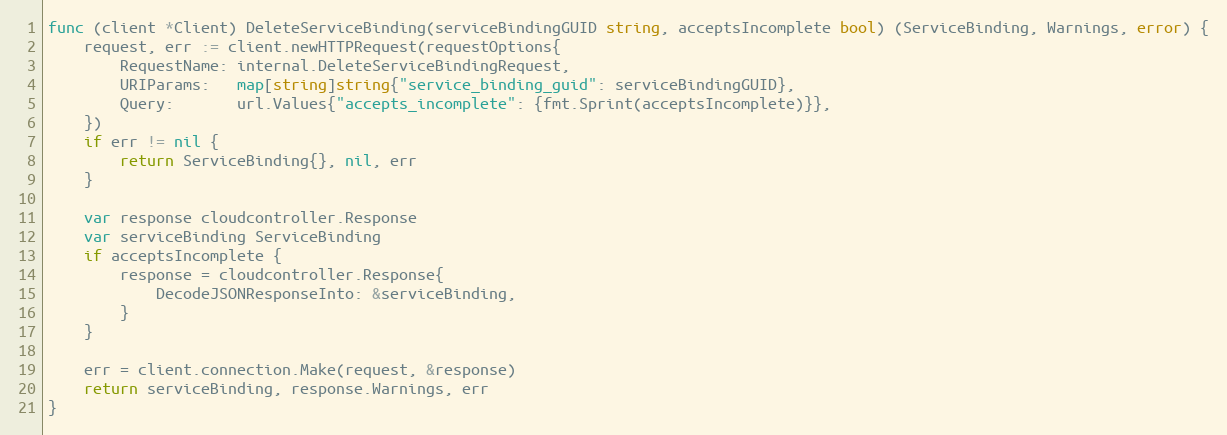
Language: Go
func (client *Client) DeleteServiceBinding(serviceBindingGUID string, acceptsIncomplete bool) (ServiceBinding, Warnings, error) {
	request, err := client.newHTTPRequest(requestOptions{
		RequestName: internal.DeleteServiceBindingRequest,
		URIParams:   map[string]string{"service_binding_guid": serviceBindingGUID},
		Query:       url.Values{"accepts_incomplete": {fmt.Sprint(acceptsIncomplete)}},
	})
	if err != nil {
		return ServiceBinding{}, nil, err
	}

	var response cloudcontroller.Response
	var serviceBinding ServiceBinding
	if acceptsIncomplete {
		response = cloudcontroller.Response{
			DecodeJSONResponseInto: &serviceBinding,
		}
	}

	err = client.connection.Make(request, &response)
	return serviceBinding, response.Warnings, err
}